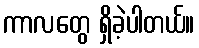
ကာလတွေ ရှိခဲ့ပါတယ်။